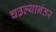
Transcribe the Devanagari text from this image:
चढल्यानंतर